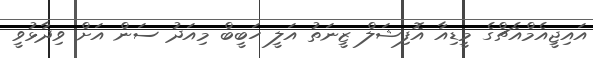
އައިޖީއެމްއެޗްގެ މީޑިއާ އޮފިޝަލް ޒީނަތު އަލީ ހަބީބް މިއަދު ސަން އަށް ވިދާޅުވީ